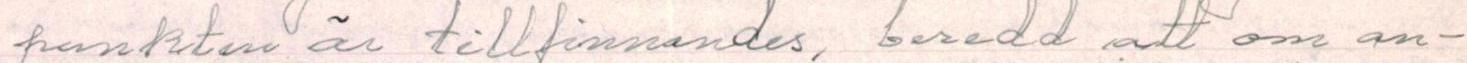
punkten är tillfinnandes, beredd att om an-